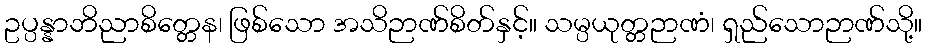
ဥပ္ပန္နာဘိညာစိတ္တေန၊ ဖြစ်သော အသိဉာဏ်စိတ်နှင့်။ သမ္ပယုတ္တဉာဏံ၊ ရှည်သောဉာဏ်သို့။